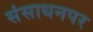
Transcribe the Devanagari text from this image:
संसाधनपर